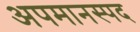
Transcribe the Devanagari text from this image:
अपमानस्पद